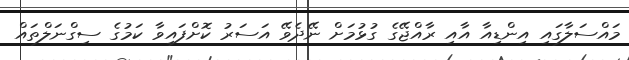
މައްސަލާގައި އިންޑިއާ އާއި ރާއްޖޭގެ ގުޅުމަށް ނޭދެވޭ އަސަރު ކޮށްފައިވާ ކަމުގެ ސިގްނަލްތައް